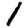
Digit: 1